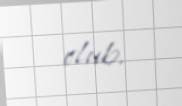
olub.